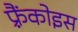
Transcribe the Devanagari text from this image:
फ़्रैंकोइस